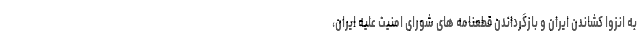
به انزوا کشاندن ایران و بازگرداندن قطعنامه های شورای امنیت علیه ایران،